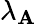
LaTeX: \lambda_{\mathbf{A}}